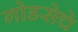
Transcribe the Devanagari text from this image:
गोडसेचे